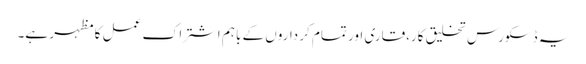
یہ ڈسکورس تخلیق کار،قاری اور تمام کر داروں کے باہم اشتراک عمل کا مظہر ہے۔